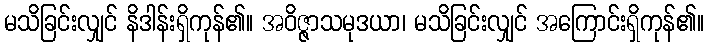
မသိခြင်းလျှင် နိဒါန်းရှိကုန်၏။ အဝိဇ္ဇာသမုဒယာ၊ မသိခြင်းလျှင် အကြောင်းရှိကုန်၏။